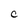
Character: C